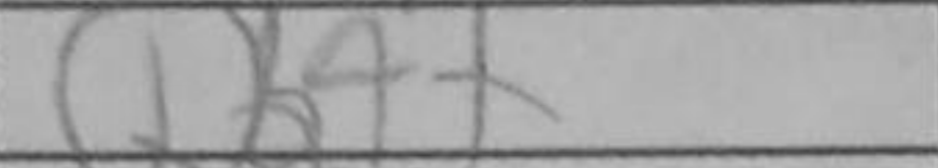
Transcription: Qb4+